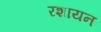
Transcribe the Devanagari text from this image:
रशायन